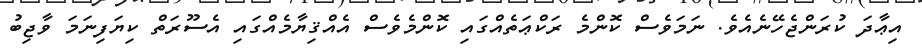
އިޢާދަ ކުރަންޖެހޭނެއެވެ. ނަމަވެސް ކޮންމެ ރަކްޢަތެއްގައި ކޮންމެވެސް އެއްޤިޔާމެއްގައި އެސޫރަތް ކިޔަފިނަމަ ވާޖިބު